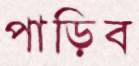
পাড়িব